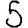
Digit: 5